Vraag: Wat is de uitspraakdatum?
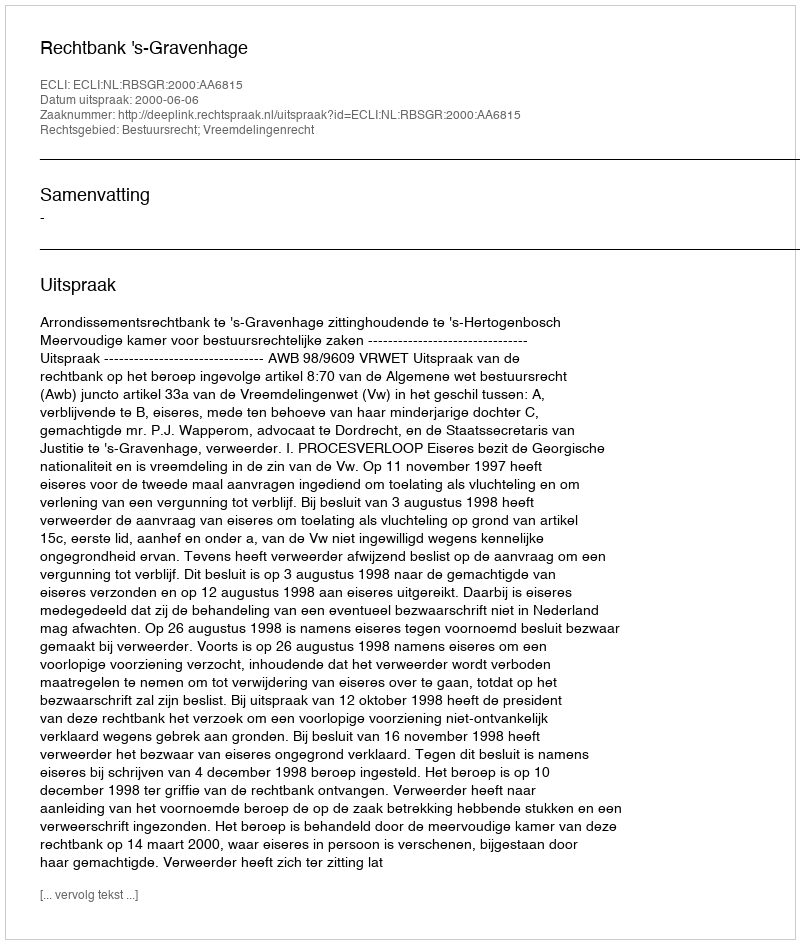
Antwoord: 2000-06-06